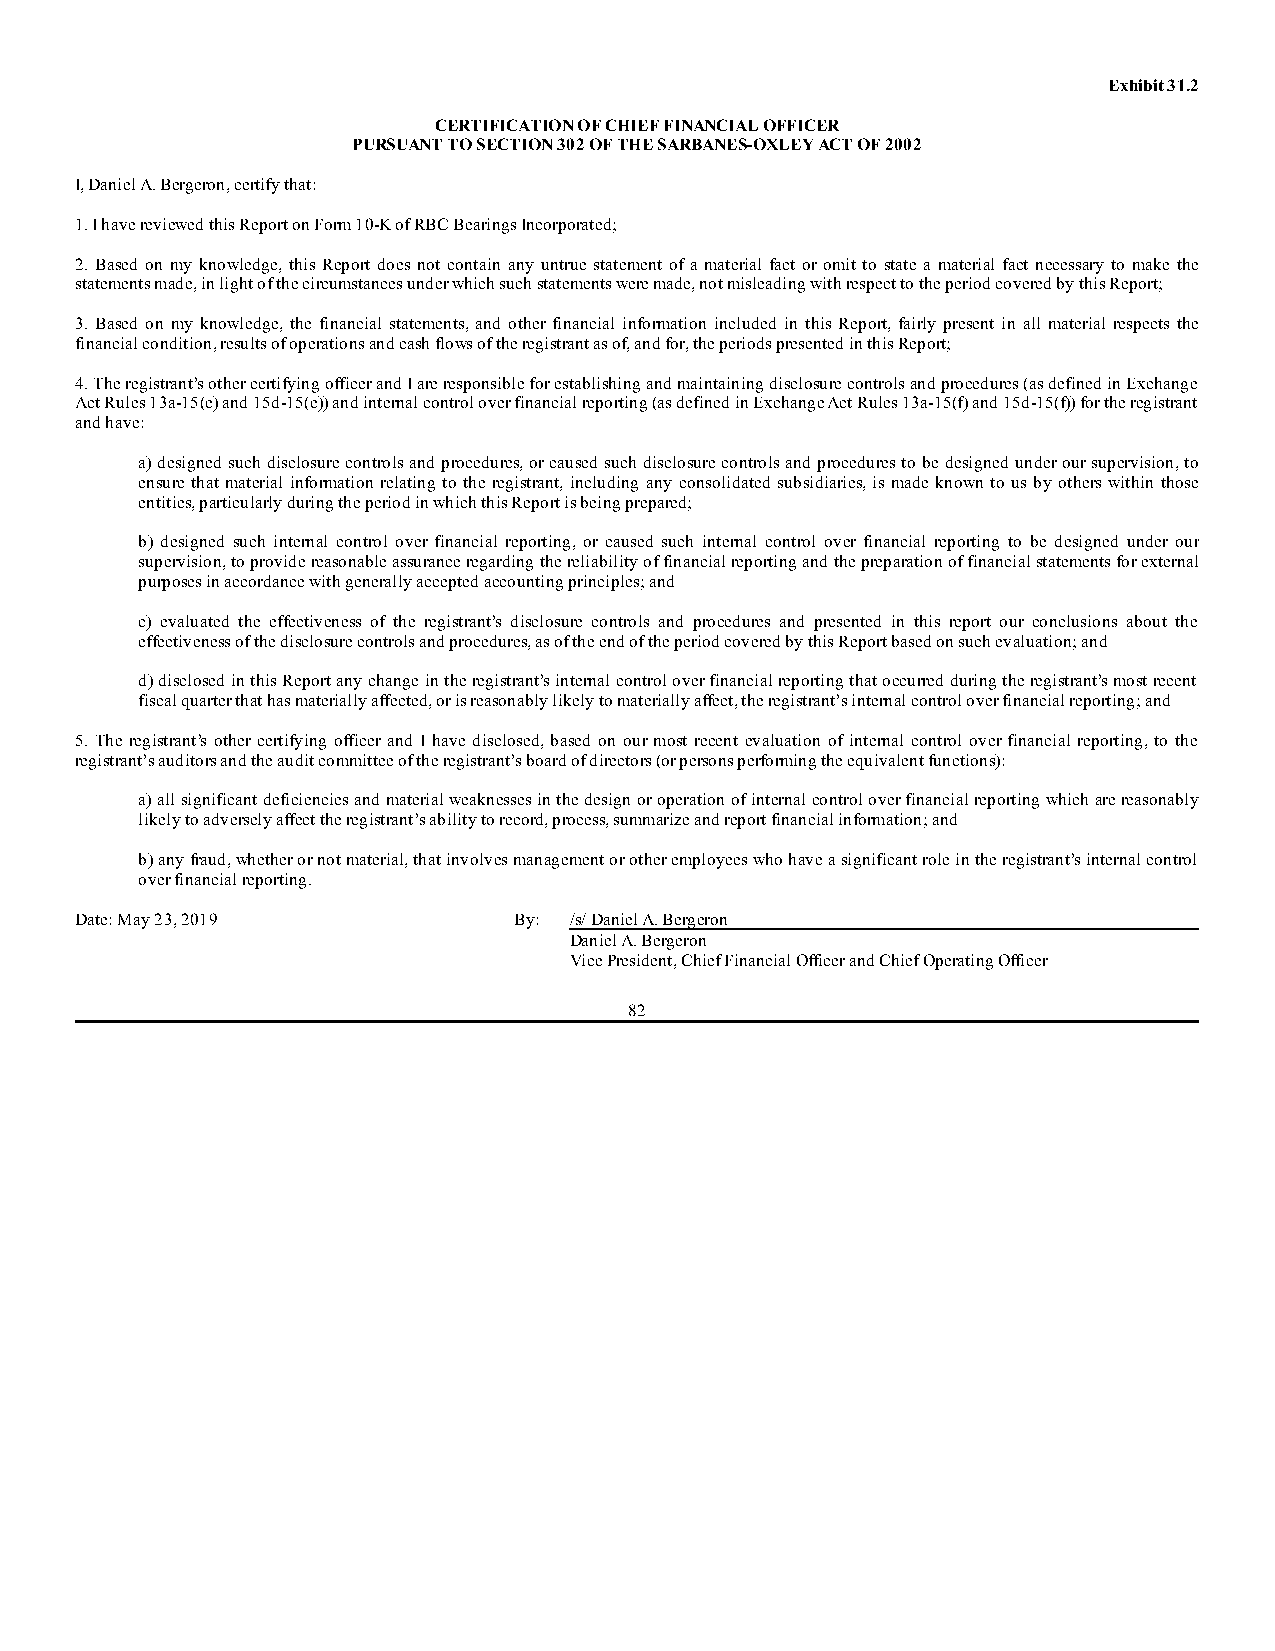
Exhibit 31.2
 CERTIFICATION OF CHIEF FINANCIAL OFFICER
 PURSUANT TO SECTION 302 OF THE SARBANES-OXLEY ACT OF 2002
 I, Daniel A. Bergeron, certify that:
 1. I have reviewed this Report on Form 10-K of RBC Bearings Incorporated;
 2. Based on my knowledge, this Report does not contain any untrue statement of a material fact or omit to state a material fact necessary to make the
 statements made, in light of the circumstances under which such statements were made, not misleading with respect to the period covered by this Report;
 3. Based on my knowledge, the financial statements, and other financial information included in this Report, fairly present in all material respects the
 financial condition, results of operations and cash flows of the registrant as of, and for, the periods presented in this Report;
 4. The registrant’s other certifying officer and I are responsible for establishing and maintaining disclosure controls and procedures (as defined in Exchange
 Act Rules 13a-15(e) and 15d-15(e)) and internal control over financial reporting (as defined in Exchange Act Rules 13a-15(f) and 15d-15(f)) for the registrant
 and have:
 a) designed such disclosure controls and procedures, or caused such disclosure controls and procedures to be designed under our supervision, to
 ensure that material information relating to the registrant, including any consolidated subsidiaries, is made known to us by others within those
 entities, particularly during the period in which this Report is being prepared;
 b) designed such internal control over financial reporting, or caused such internal control over financial reporting to be designed under our
 supervision, to provide reasonable assurance regarding the reliability of financial reporting and the preparation of financial statements for external
 purposes in accordance with generally accepted accounting principles; and
 c) evaluated the effectiveness of the registrant’s disclosure controls and procedures and presented in this report our conclusions about the
 effectiveness of the disclosure controls and procedures, as of the end of the period covered by this Report based on such evaluation; and
 d) disclosed in this Report any change in the registrant’s internal control over financial reporting that occurred during the registrant’s most recent
 fiscal quarter that has materially affected, or is reasonably likely to materially affect, the registrant’s internal control over financial reporting; and
 5. The registrant’s other certifying officer and I have disclosed, based on our most recent evaluation of internal control over financial reporting, to the
 registrant’s auditors and the audit committee of the registrant’s board of directors (or persons performing the equivalent functions):
 a) all significant deficiencies and material weaknesses in the design or operation of internal control over financial reporting which are reasonably
 likely to adversely affect the registrant’s ability to record, process, summarize and report financial information; and
 b) any fraud, whether or not material, that involves management or other employees who have a significant role in the registrant’s internal control
 over financial reporting.
 Date: May 23, 2019           By: /s/ Daniel A. Bergeron
 Daniel A. Bergeron
 Vice President, Chief Financial Officer and Chief Operating Officer
 82